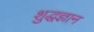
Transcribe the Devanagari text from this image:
शुद्धज्ञान